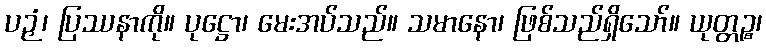
ပဉှံ၊ ပြဿနာကို။ ပုဋ္ဌော၊ မေးအပ်သည်။ သမာနော၊ ဖြစ်သည်ရှိသော်။ ယုတ္တဉ္စ၊